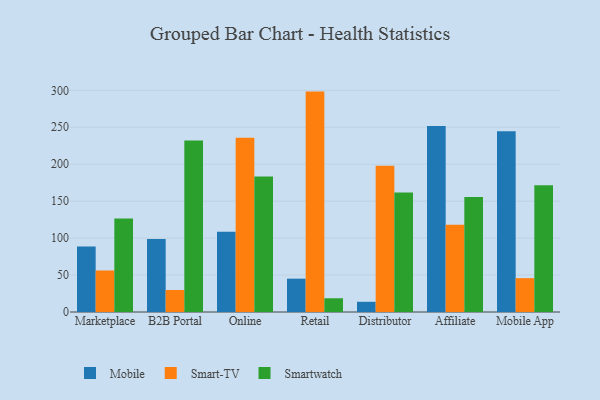
{"axis": {"x": "Channel", "y": "Satisfaction Score"}, "legend": ["Mobile", "Smart-TV", "Smartwatch"], "data": [{"x": "Marketplace", "y": 88.7, "type": "Mobile"}, {"x": "Marketplace", "y": 56.2, "type": "Smart-TV"}, {"x": "Marketplace", "y": 126.7, "type": "Smartwatch"}, {"x": "B2B Portal", "y": 98.7, "type": "Mobile"}, {"x": "B2B Portal", "y": 29.8, "type": "Smart-TV"}, {"x": "B2B Portal", "y": 232.2, "type": "Smartwatch"}, {"x": "Online", "y": 108.6, "type": "Mobile"}, {"x": "Online", "y": 235.9, "type": "Smart-TV"}, {"x": "Online", "y": 183.5, "type": "Smartwatch"}, {"x": "Retail", "y": 45.1, "type": "Mobile"}, {"x": "Retail", "y": 298.3, "type": "Smart-TV"}, {"x": "Retail", "y": 18.6, "type": "Smartwatch"}, {"x": "Distributor", "y": 13.8, "type": "Mobile"}, {"x": "Distributor", "y": 197.8, "type": "Smart-TV"}, {"x": "Distributor", "y": 161.7, "type": "Smartwatch"}, {"x": "Affiliate", "y": 251.7, "type": "Mobile"}, {"x": "Affiliate", "y": 118.2, "type": "Smart-TV"}, {"x": "Affiliate", "y": 155.8, "type": "Smartwatch"}, {"x": "Mobile App", "y": 244.6, "type": "Mobile"}, {"x": "Mobile App", "y": 45.8, "type": "Smart-TV"}, {"x": "Mobile App", "y": 171.7, "type": "Smartwatch"}]}